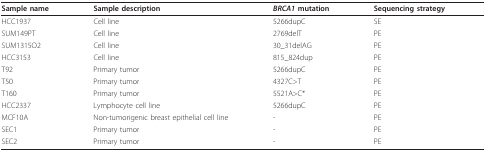
<table><thead><tr><td><b>Sample name</b></td><td><b>Sample description</b></td><td><b><i>BRCA1 </i>mutation</b></td><td><b>Sequencing strategy</b></td></tr></thead><tbody><tr><td>HCC1937</td><td>Cell line</td><td>5266dupC</td><td>SE</td></tr><tr><td>SUM149PT</td><td>Cell line</td><td>2769delT</td><td>PE</td></tr><tr><td>SUM1315O2</td><td>Cell line</td><td>30_31delAG</td><td>PE</td></tr><tr><td>HCC3153</td><td>Cell line</td><td>815_824dup</td><td>PE</td></tr><tr><td>T92</td><td>Primary tumor</td><td>5266dupC</td><td>PE</td></tr><tr><td>T50</td><td>Primary tumor</td><td>4327C&gt;T</td><td>PE</td></tr><tr><td>T160</td><td>Primary tumor</td><td>5521A&gt;C*</td><td>PE</td></tr><tr><td>HCC2337</td><td>Lymphocyte cell line</td><td>5266dupC</td><td>PE</td></tr><tr><td>MCF10A</td><td>Non-tumorigenic breast epithelial cell line</td><td>-</td><td>PE</td></tr><tr><td>SEC1</td><td>Primary tumor</td><td>-</td><td>PE</td></tr><tr><td>SEC2</td><td>Primary tumor</td><td>-</td><td>PE</td></tr></tbody></table>